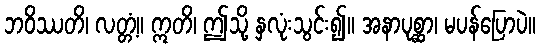
ဘဝိဿတိ၊ လတ္တံ့။ ဣတိ၊ ဤသို့ နှလုံးသွင်း၍။ အနာပုစ္ဆာ၊ မပန်ပြောပဲ။